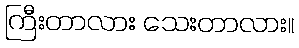
ကြီးတာလား သေးတာလား။